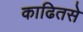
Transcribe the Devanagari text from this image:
काढितसे